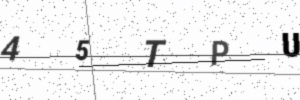
Text: 45TPU